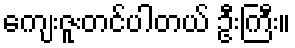
ကျေးဇူးတင်ပါတယ် ဦးကြီး။